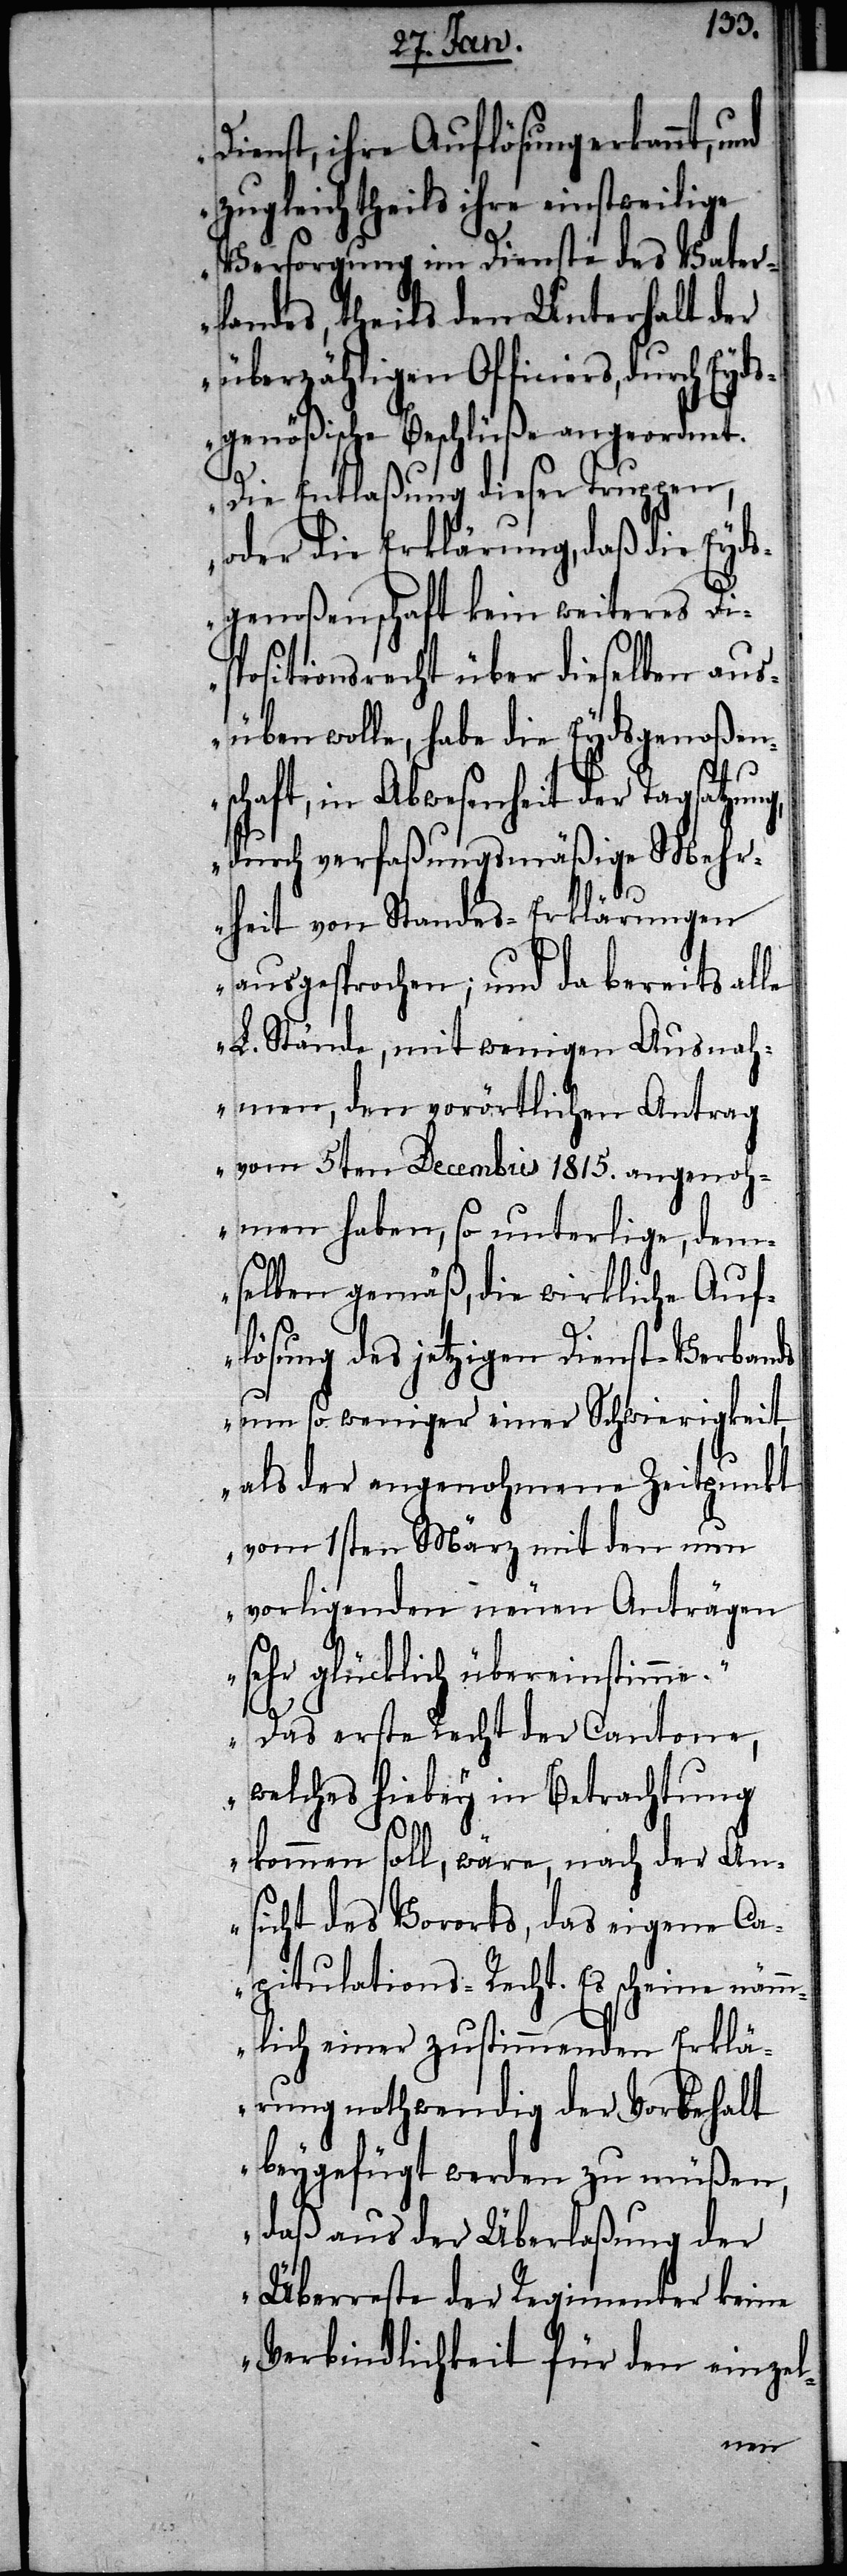
Dienst, ihre Auflösung erkannt, und
zugleich theils ihre einstweilige
Versorgung im Dienste des Vater¬
landes, theils den Unterhalt der
überzähligen Officiers, durch Eyds¬
genößische Beschlüße angeordnet.
Die Entlaßung dieser Truppen,
oder die Erklärung, daß die Eyds¬
genoßenschaft kein weiteres Dis¬
positionsrecht über dieselben aus¬
üben wolle, habe die Eydsgenoßen¬
schaft, in Abwesenheit der Tagsatzung,
durch verfaßungsmäßige Mehr¬
heit von Standes-Erklärungen
ausgesprochen; und da bereits alle
L. Stände, mit wenigen Ausnah¬
men, den vorörtlichen Antrag
vom 5ten Decembris 1815. angenoh¬
men haben, so unterlige, dem¬
selben gemäß, die wirkliche Auf¬
lösung des jetzigen Dienst-Verbands
um so weniger einer Schwierigkeit,
als der angenohmene Zeitpunkt
vom 1sten März mit den nun
vorligenden neuen Anträgen
sehr glücklich übereinstimme.
Das erste Recht der Cantone,
welches hiebey in Betrachtung
kommen soll, wäre, nach der An¬
sicht des Vororts, das eigene Ca¬
pitulations-Recht. Es scheine nämm¬
lich einer zustimmenden Erklä¬
rung nothwendig der Vorbehalt
beygefügt werden zu müsen,
daß aus der Überlaßung der
Überreste der Regimenter keine
Verbindlichkeit für den einzel-